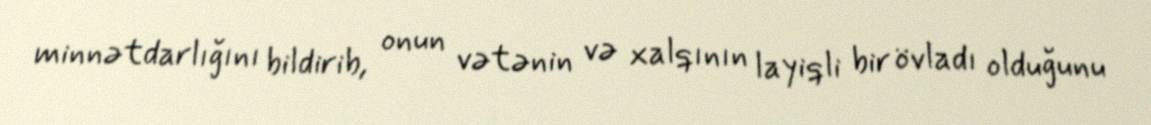
minnətdarlığını bildirib, onun vətənin və xalqının layiqli bir övladı olduğunu